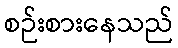
စဉ်းစားနေသည်